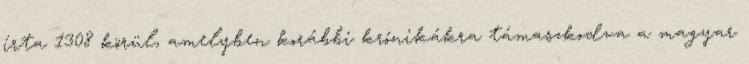
írta 1308 körül, amelyben korábbi krónikákra támaszkodva a magyar